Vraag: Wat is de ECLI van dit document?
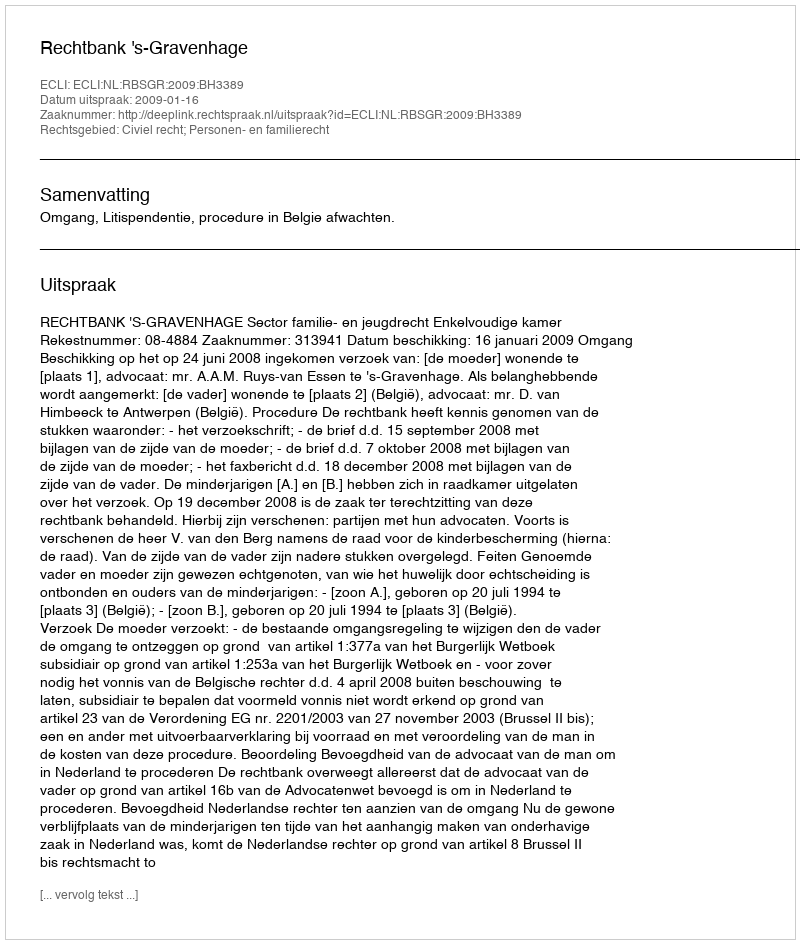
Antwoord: ECLI:NL:RBSGR:2009:BH3389